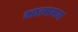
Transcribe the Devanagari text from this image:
आत्ममय